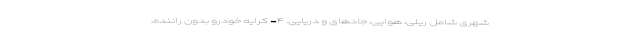
شهری شامل ریلی، هوایی، جادهای و دریایی. ۴- کرایه خودرو بدون راننده،